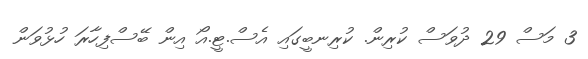
3 މަސް 29 ދުވަސް ކުރިން. ކުރިނބީގައި އެސް.ޓީ.އޯ އިން ބޭސްފިހާރަ ހުޅުވަން